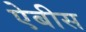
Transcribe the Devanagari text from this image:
ऐबीस